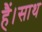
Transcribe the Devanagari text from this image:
हैं।साथ